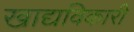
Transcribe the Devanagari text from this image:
खाद्यविकारी